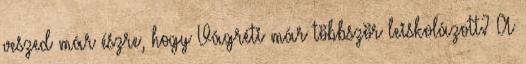
veszed már észre, hogy Vágréti már többször leiskolázott? A